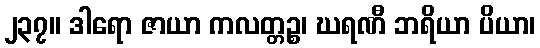
၂၃၇။ ဒါရော ဇာယာ ကလတ္တဉ္စ၊ ဃရဏီ ဘရိယာ ပိယာ၊